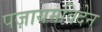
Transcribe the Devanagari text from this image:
पज़ायमविदेन